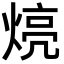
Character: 煷